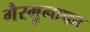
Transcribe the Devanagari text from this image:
गैरमुनाफा